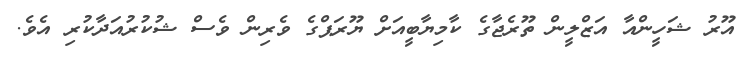
އޫރު ޝަހީންއާ އަޒްލީން ތޫރެޖާގެ ކާމިޔާބީއަށް ޔޫރަޕްގެ ވެރިން ވެސް ޝުކުރުއަދާކުރި އެވެ.